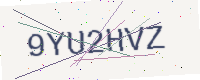
Text: 9YU2HVZ